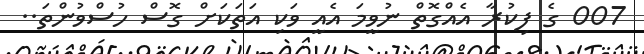
007 ގެ ފިކުރާ އެއްގޮތް ނުވީމަ އެއީ ވަކި އަތަކަށް ގޮސް ހުސްވުންތަ..